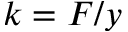
k = F / y